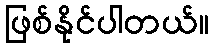
ဖြစ်နိုင်ပါတယ်။